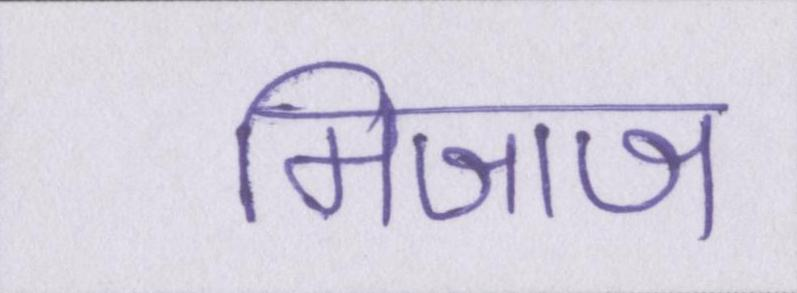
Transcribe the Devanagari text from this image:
मिजाज